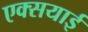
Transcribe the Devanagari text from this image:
एक्सयाई